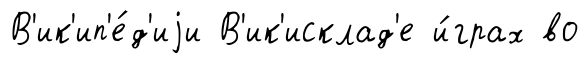
В'ик'ип'е́д'иjи В'ик'исклад'е и́грах во